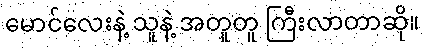
မောင်လေးနဲ့ သူနဲ့ အတူတူ ကြီးလာတာဆို။